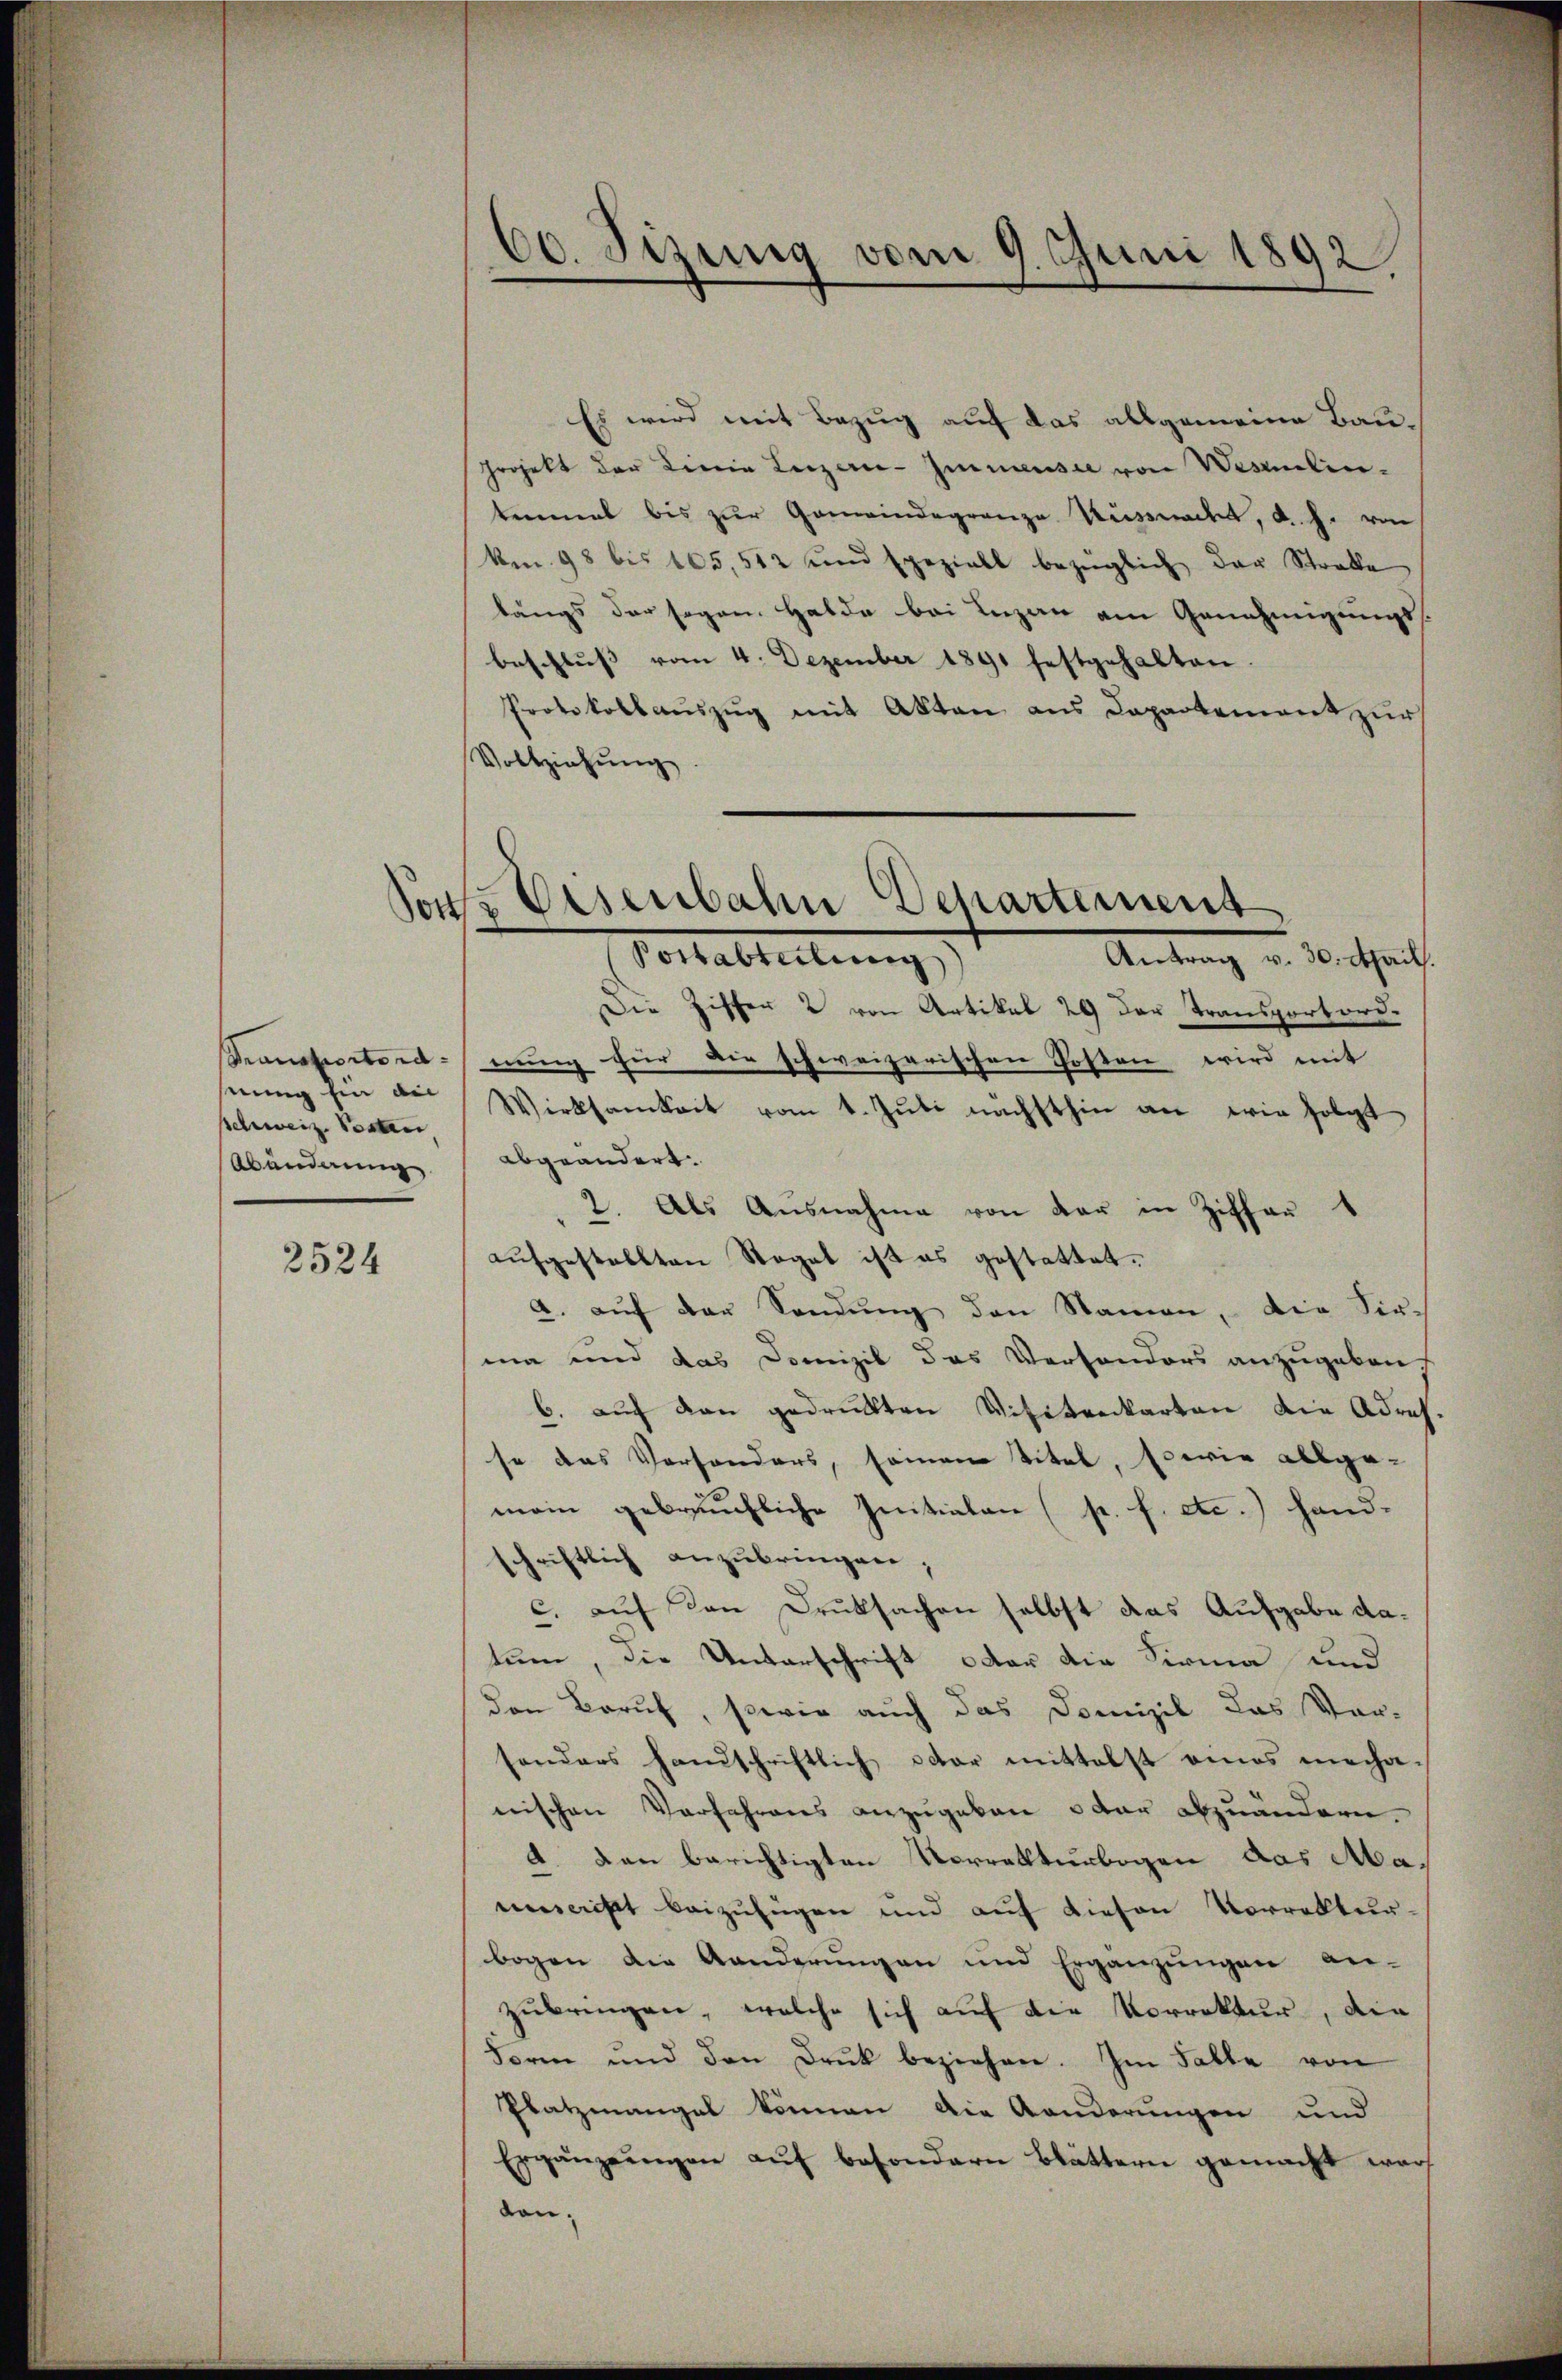
Transportordnung ein ain
Schweiz. Posten
Abänderung

2524

60. Sizung vom 9. Juni 1892

dons Eisenbahn Departement

Es wird mit Bezug auf das allgemeine Bauprojekt der Linie Luzern Immensee von Wismelintenmal bis zŭr Gemeindegrenze Küssnadel, d. J. von
kmn. 98 bis 105, 512 und speziell bezüglich der Strafe
längs der sagen Halde bei Lazar am Genehmigungs
beschluss vom 4. Dezember 1891 festgehalten.
Protokollauszug mit Akten aus Departement zur
Vollziehŭng
Pottabteilung)
Antrag v. 30. April.
Die Ziffer 2 von Artikel 29 der Transportordnung für die schweizerischen Kosten wird mit
Wirksamkeit vom 1. Jŭli nächsthin an wie folgt
abgeändert.
2. Als Ausnahme von der in Zithan
aŭfgestellten Stegel ist es gestattet.
a. aŭf der Sandŭng den Namen, die Fir-
ma und das Domizil das Versonders anzugeben
6. auf den gedruckten Visitenkarten die Adres.
so das Versonders, seinem Titel, sowie allge-
mein gebräuchliche Initialen (p. f. etc.) hand-
schriftlich anzubringen;
c. auf den Druksachen selbst das Aufgabe datum, die Unterschrift oder die Firma und
den Beruf, sowie auch das Domizil das Vor-
sonders handschriftlich oder mittelst eines mecha-
nischen Verfahrens anzugeben oder abzuändern.
4. Dann berichtigten Vorrathturbogen das Mamcrist beizufügen und auf diesen Vorrekturbogen die Aenderŭngen und Ergänzŭngen an-
zŭbringen, welche sich auf die Vorrektur, die
Form und den Druk beziehen. Im Falle von
Platzmangel können die Aenderungen und
Ergänzŭngen aŭf besondern Blättern gemacht warf
don.